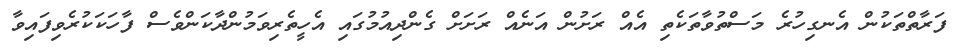
ފަރާތްތަކުން އެނގިހުރެ މަސްތުވާތަކެތި އެއް ރަށުން އަނެއް ރަށަށް ގެންދިއުމުގައި އެހީތެރިވަމުންދާކަންވެސް ފާހަކަކުރެވިފައިވާ